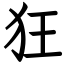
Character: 狂